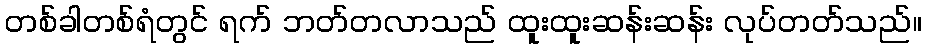
တစ်ခါတစ်ရံတွင် ရက် ဘတ်တလာသည် ထူးထူးဆန်းဆန်း လုပ်တတ်သည်။